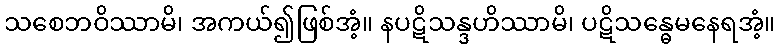
သစေဘဝိဿာမိ၊ အကယ်၍ဖြစ်အံ့။ နပဋိသန္ဒဟိဿာမိ၊ ပဋိသန္ဓေမနေရအံ့။